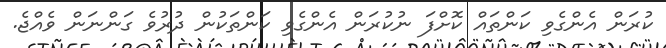
ކުރަން އެންގެވި ކަންތައް ކޮށްފަ ނުކުރަން އެންގެވި ކަންތަކުން ދުރުވެ ގަންނަން ވެއްޖެ.